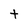
Character: t